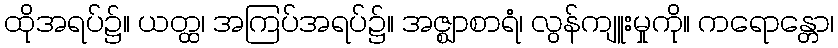
ထိုအရပ်၌။ ယတ္ထ၊ အကြပ်အရပ်၌။ အဇ္ဈာစာရံ၊ လွန်ကျူးမှုကို။ ကရောန္တော၊